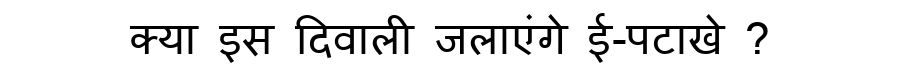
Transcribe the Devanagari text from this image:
क्या इस दिवाली जलाएंगे ई-पटाखे ?